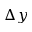
\Delta y